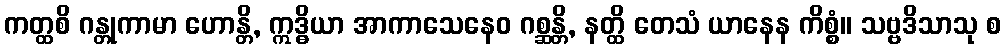
ကတ္ထစိ ဂန္တုကာမာ ဟောန္တိ, ဣဒ္ဓိယာ အာကာသေနေဝ ဂစ္ဆန္တိ, နတ္ထိ တေသံ ယာနေန ကိစ္စံ။ သဗ္ဗဒိသာသု စ